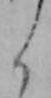
よ